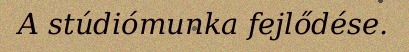
A stúdiómunka fejlődése.